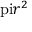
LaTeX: \mathrm { \ p i } r ^ { 2 }